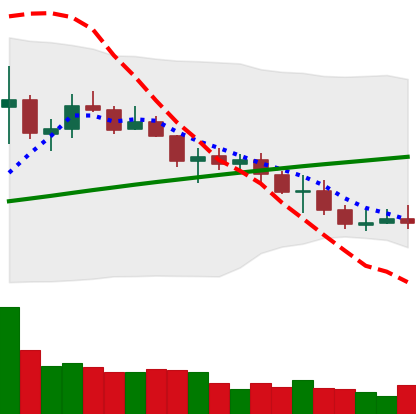
Ticker: ETC-USD
Chart end date: 2021-07-19
Forward return: 19.214%
Label: up_7plus